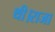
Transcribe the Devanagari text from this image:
थी।राजा